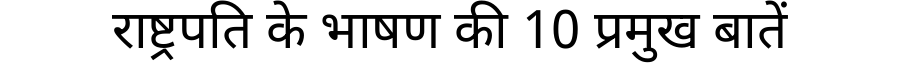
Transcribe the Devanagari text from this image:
राष्ट्रपति के भाषण की 10 प्रमुख बातें